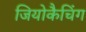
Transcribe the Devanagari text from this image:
जियोकैचिंग